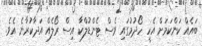
ބައެއް ކަންކަމަށް އެހީ ހޯދުމުގައި ވެސް ޓެންޑުލްކާ އިސް ރޯލެއް އަދާކުރާނެ އެވެ.